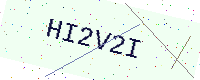
Text: HI2V2I